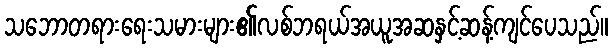
သဘောတရားရေးသမားများ၏လစ်ဘရယ်အယူအဆနှင့်ဆန့်ကျင်ပေသည်။